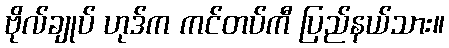
ဗိုလ်ချုပ် ဟုဒ်က ကင်တပ်ကီ ပြည်နယ်သား။